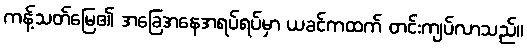
ကန့်သတ်မြေ၏ အခြေအနေအရပ်ရပ်မှာ ယခင်ကထက် တင်းကျပ်လာသည်။